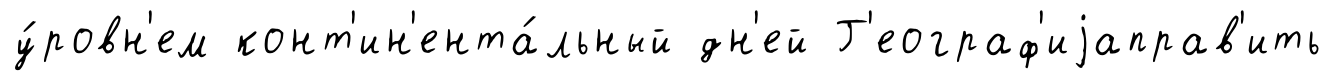
у́ровн'ем конт'ин'ента́льный дн'ей Г'еограф'иjаправ'ить